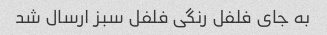
به جای فلفل رنگی فلفل سبز ارسال شد